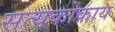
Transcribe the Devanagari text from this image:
सत्यकोकाय